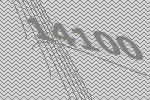
14100